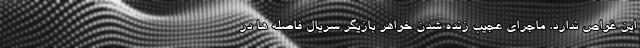
این غواص ندارد. ماجرای عجیب زنده شدن خواهر بازیگر سریال فاصله ها در